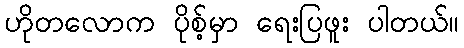
ဟိုတလောက ပိုစ့်မှာ ရေးပြဖူး ပါတယ်။